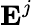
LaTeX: \mathbf{E}^{j}